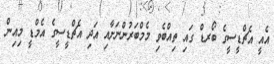
އެއީ އެޗްޑީސީގެ ބޯރޑް ގައި ތިއްބެވި މެމްބަރުންނަށާއި އަދި އެޗްޑީސީގެ އެމްޑީ މިއިން